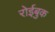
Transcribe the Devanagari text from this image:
रोईबुक